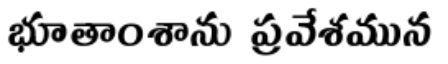
భూతాంశాను ప్రవేశమున